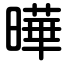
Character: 曄